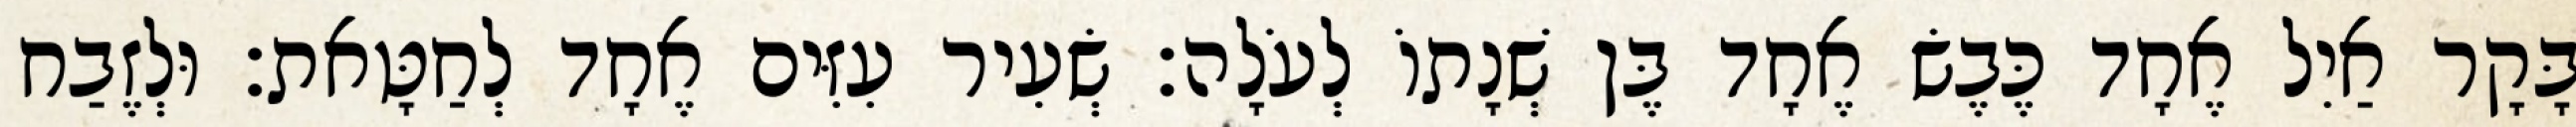
בָּקָר אַיִל אֶחָד כֶּבֶשׂ אֶחָד בֶּן שְׁנָתוֹ לְעֹלָה׃ שְׂעִיר עִזִּים אֶחָד לְחַטָּאת׃ וּלְזֶבַח